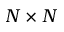
N \times N